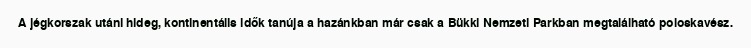
A jégkorszak utáni hideg, kontinentális idők tanúja a hazánkban már csak a Bükki Nemzeti Parkban megtalálható poloskavész.